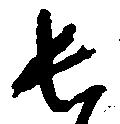
長